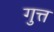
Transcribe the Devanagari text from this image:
गुत्त